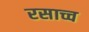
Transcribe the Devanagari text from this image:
रसाच्च